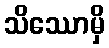
သိဿောမှိ